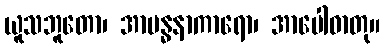
ယူသဘူတော၊ အာဗန္ဓနာကာရော၊ အာပေါဓာတု။